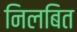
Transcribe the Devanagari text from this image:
निलबित